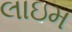
લાઇમ